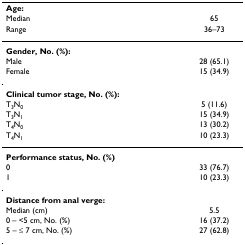
<table><thead><tr><td><b>Age:</b></td><td></td></tr><tr><td><b>Median</b></td><td><b>65</b></td></tr><tr><td><b>Range</b></td><td><b>36–73</b></td></tr></thead><tbody><tr><td><b>Gender, No. (%):</b></td><td></td></tr><tr><td>Male</td><td>28 (65.1)</td></tr><tr><td>Female</td><td>15 (34.9)</td></tr><tr><td><b>Clinical tumor stage, No. (%):</b></td><td></td></tr><tr><td>T<sub>3</sub>N<sub>0</sub></td><td>5 (11.6)</td></tr><tr><td>T<sub>3</sub>N<sub>1</sub></td><td>15 (34.9)</td></tr><tr><td>T<sub>4</sub>N<sub>0</sub></td><td>13 (30.2)</td></tr><tr><td>T<sub>4</sub>N<sub>1</sub></td><td>10 (23.3)</td></tr><tr><td><b>Performance status, No. (%)</b></td><td></td></tr><tr><td>0</td><td>33 (76.7)</td></tr><tr><td>1</td><td>10 (23.3)</td></tr><tr><td><b>Distance from anal verge:</b></td><td></td></tr><tr><td>Median (cm)</td><td>5.5</td></tr><tr><td>0 – &lt;5 cm, No. (%)</td><td>16 (37.2)</td></tr><tr><td>5 – ≤ 7 cm, No. (%)</td><td>27 (62.8)</td></tr></tbody></table>